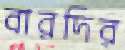
বারদির